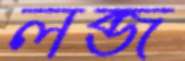
লব্জ